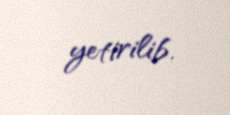
yetirilib.